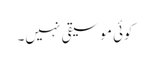
کوئی موسیقی نہیں۔